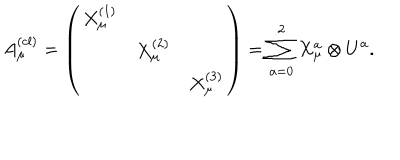
A _ { \mu } ^ { ( c l ) } = \left( \begin{array} { c c c } { { X _ { \mu } ^ { ( 1 ) } } } & { { } } & { { } } \\ { { } } & { { X _ { \mu } ^ { ( 2 ) } } } & { { } } \\ { { } } & { { } } & { { X _ { \mu } ^ { ( 3 ) } } } \\ \end{array} \right) = \sum _ { a = 0 } ^ { 2 } X _ { \mu } ^ { a } \otimes U ^ { a } .